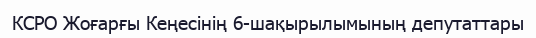
КСРО Жоғарғы Кеңесінің 6-шақырылымының депутаттары